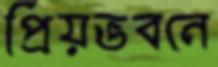
প্রিয়ভবনে